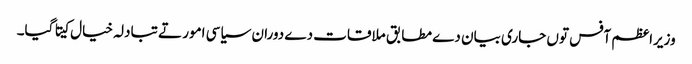
وزیراعظم آفس توں جاری بیان دے مطابق ملاقات دے دوران سیاسی امور تے تبادلہ خیال کیتا گیا۔